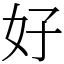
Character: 好